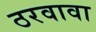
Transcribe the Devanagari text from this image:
ठरवावा